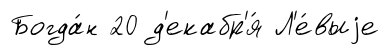
Богда́н 20 д'екабр'я́ Л'е́выjе